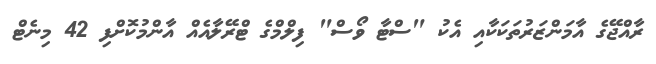
ރާއްޖޭގެ އާމަންޒަރުތަކަކާއި އެކު "ސްޓާ ވޯސް" ފިލްމްގެ ޓްރޭލާއެއް އާންމުކޮށްފި 42 މިނެޓް